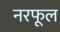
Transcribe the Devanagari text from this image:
नरफूल